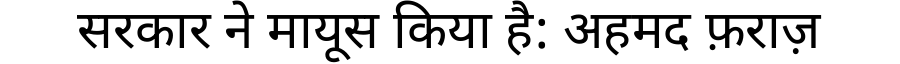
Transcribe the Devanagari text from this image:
सरकार ने मायूस किया है: अहमद फ़राज़